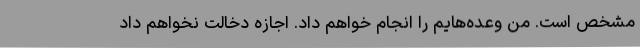
مشخص است. من وعده‌هایم را انجام خواهم داد. اجازه دخالت نخواهم داد